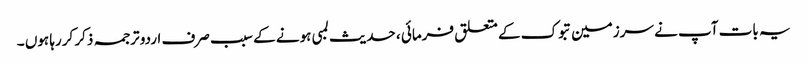
یہ بات آپ نے سرزمین تبوک کے متعلق فرمائی ، حدیث لمبی ہونے کے سبب صرف اردو ترجمہ ذکر کررہا ہوں ۔